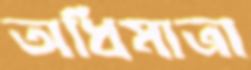
অধিমাত্রা